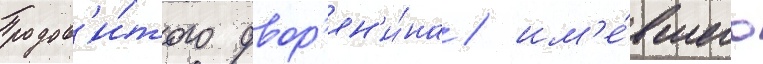
родов'и́того двор'ян'и́на / им'е́вшего